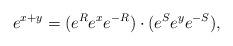
LaTeX: \begin{align*}e^{x+y}=(e^Re^xe^{-R})\cdot (e^Se^ye^{-S}),\end{align*}